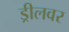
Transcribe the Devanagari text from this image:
ड्रीलवर